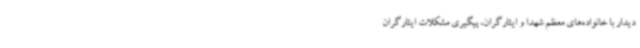
دیدار با خانواده‌های معظم شهدا و ایثارگران، پیگیری مشکلات ایثارگران